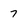
Character: 7